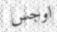
اوجس